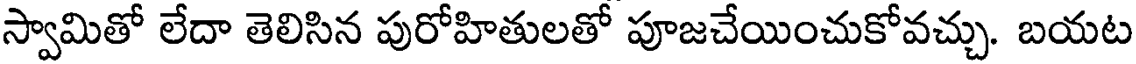
స్వామితో లేదా తెలిసిన పురోహితులతో పూజచేయించుకోవచ్చు. బయట